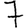
Digit: 7